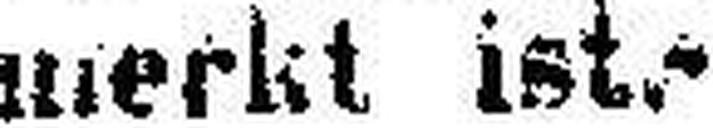
merkt ist.